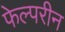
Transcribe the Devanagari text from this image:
फेल्परीन